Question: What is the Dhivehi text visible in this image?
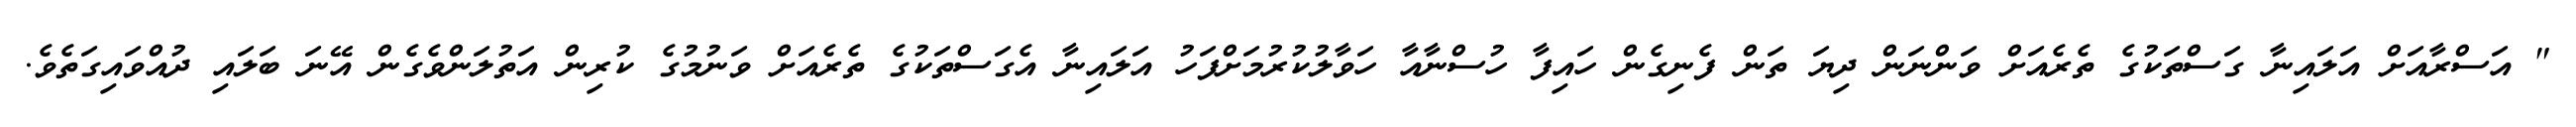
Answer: " އަސްރާއަށް އަލައިނާ ގަސްތަކުގެ ތެރެއަށް ވަންނަން ދިޔަ ތަން ފެނިގެން ހައިފާ ހުސްނާއާ ހަވާލުކުރުމަށްފަހު އަލައިނާ އެގަސްތަކުގެ ތެރެއަށް ވަނުމުގެ ކުރިން އަތުލަންވެގެން އޭނަ ބަލައި ދުއްވައިގަތެވެ.